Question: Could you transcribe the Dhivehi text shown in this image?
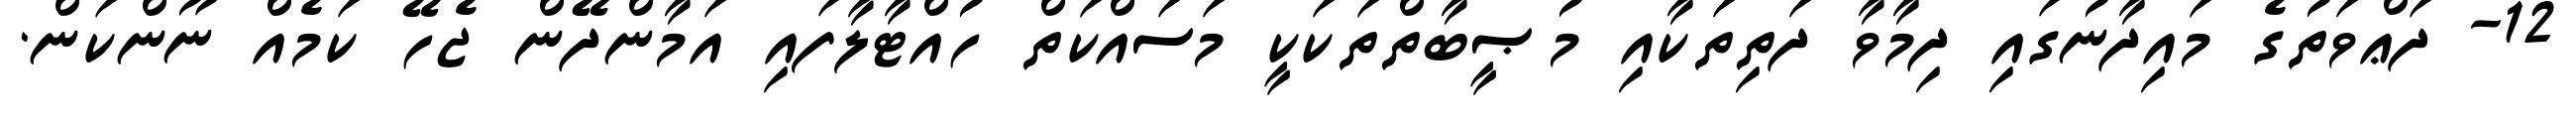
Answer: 12- ދަޢްވަތުގެ މައިދާނުގައި ދިމާވާ ދަތިތަކާއި މުޞީބާތްތަކަކީ މަސައްކަތް ހުއްޓާލާފައި އަމާންދޭން ޖެހޭ ކަމެއް ނޫންކަން.